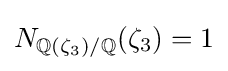
N_{\mathbb {Q} (\zeta _{3})/\mathbb {Q} }(\zeta _{3})=1